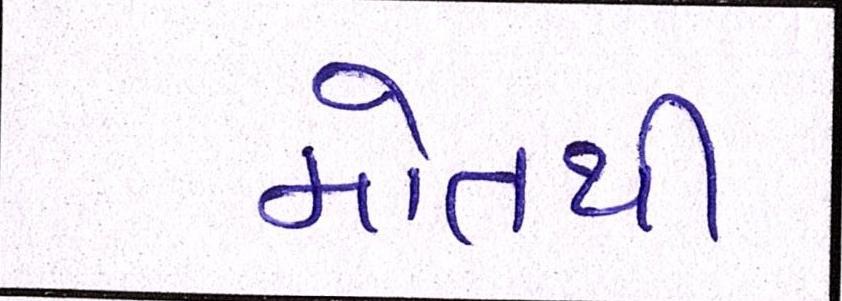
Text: મોતથી